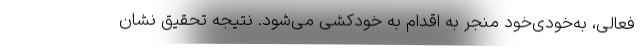
فعالی، به‌خودی‌خود منجر به اقدام به خودکشی می‌شود. نتیجه تحقیق نشان